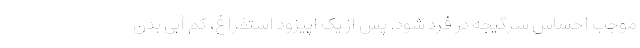
موجب احساس سرگیجه در فرد شود. پس از یک اپیزود استفراغ، کم آبی بدن